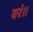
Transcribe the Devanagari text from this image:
वरं।।